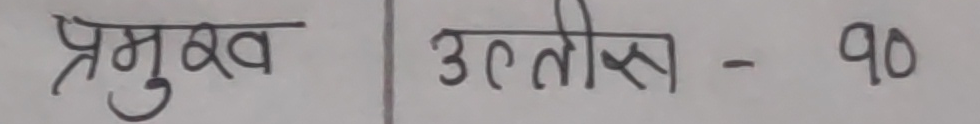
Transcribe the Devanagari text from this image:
प्रमुख | उतीस - १०